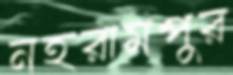
নহরামপুর